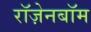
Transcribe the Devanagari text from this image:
रॉज़ेनबॉम